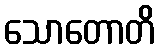
သောတောတိ